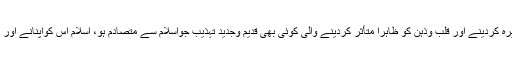
دور حاضر کی آنکھوں کو خیرہ کردینے اور قلب وذہن کو ظاہراً متأثر کردینے والی کوئی بھی قدیم وجدید تہذیب جواسلام سے متصادم ہو، اسلام اس کواپنانے اور عمل کرنے سے منع کرتاہے۔